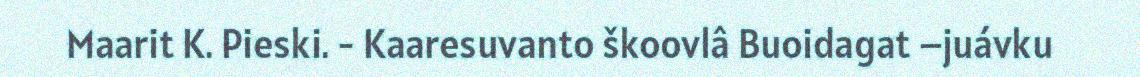
Maarit K. Pieski. - Kaaresuvanto škoovlâ Buoidagat –juávku